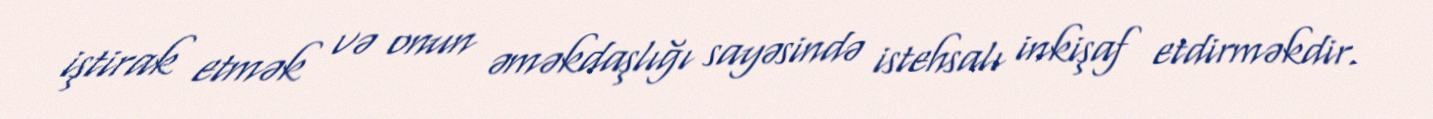
iştirak etmək və onun əməkdaşlığı sayəsində istehsalı inkişaf etdirməkdir.